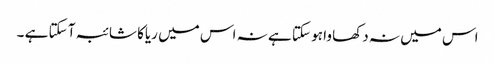
اس میں نہ دکھا وا ہو سکتا ہے نہ اس میں ریاکا شائبہ آ سکتا ہے ۔